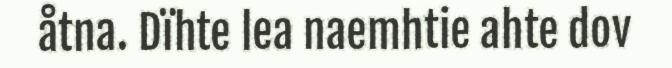
åtna. Dïhte lea naemhtie ahte dov